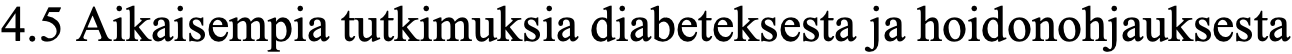
4.5 Aikaisempia tutkimuksia diabeteksesta ja hoidonohjauksesta